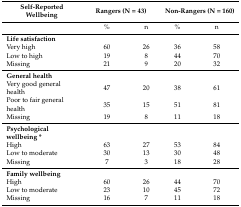
<table><thead><tr><td><b>Self-Reported Wellbeing</b></td><td colspan="2"><b>Rangers (N = 43)</b></td><td colspan="2"><b>Non-Rangers (N = 160)</b></td></tr></thead><tbody><tr><td></td><td>%</td><td>n</td><td>%</td><td>n</td></tr><tr><td><b>Life satisfaction</b></td><td></td><td></td><td></td><td></td></tr><tr><td>Very high</td><td>60</td><td>26</td><td>36</td><td>58</td></tr><tr><td>Low to high</td><td>19</td><td>8</td><td>44</td><td>70</td></tr><tr><td>Missing</td><td>21</td><td>9</td><td>20</td><td>32</td></tr><tr><td><b>General health</b></td><td></td><td></td><td></td><td></td></tr><tr><td>Very good general health</td><td>47</td><td>20</td><td>38</td><td>61</td></tr><tr><td>Poor to fair general health</td><td>35</td><td>15</td><td>51</td><td>81</td></tr><tr><td>Missing</td><td>19</td><td>8</td><td>11</td><td>18</td></tr><tr><td><b>Psychological wellbeing *</b></td><td></td><td></td><td></td><td></td></tr><tr><td>High</td><td>63</td><td>27</td><td>53</td><td>84</td></tr><tr><td>Low to moderate</td><td>30</td><td>13</td><td>30</td><td>48</td></tr><tr><td>Missing</td><td>7</td><td>3</td><td>18</td><td>28</td></tr><tr><td><b>Family wellbeing</b></td><td></td><td></td><td></td><td></td></tr><tr><td>High</td><td>60</td><td>26</td><td>44</td><td>70</td></tr><tr><td>Low to moderate</td><td>23</td><td>10</td><td>45</td><td>72</td></tr><tr><td>Missing</td><td>16</td><td>7</td><td>11</td><td>18</td></tr></tbody></table>